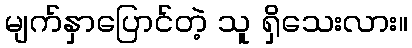
မျက်နှာပြောင်တဲ့ သူ ရှိသေးလား။